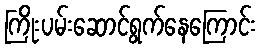
ကြိုးပမ်းဆောင်ရွက်နေကြောင်း